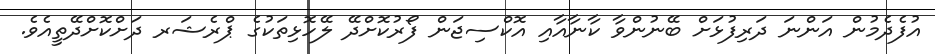
އުފެދެމުން އަންނަ ދަރިފުޅަށް ބޭނުންވާ ކާނާއާއި އޮކްސިޖަން ފޯރުކޮށްދޭ ލޭހޮޅިތަކުގެ ޕްރެޝަރ ދަށްކޮށްދޭތީއެވެ.